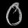
Digit: ၀